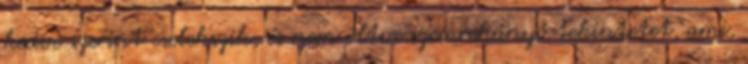
kedve szerint cselekszik, és nem öltve szemrehányó tekintetet, ami,